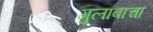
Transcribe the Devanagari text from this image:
गुलाबाचा